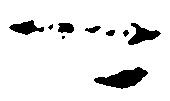
可